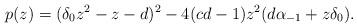
LaTeX: \begin{align*}p(z)=(\delta_0z^2-z-d)^2-4(cd-1)z^2(d\alpha_{-1}+z\delta_0).\end{align*}